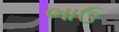
ભાઉ